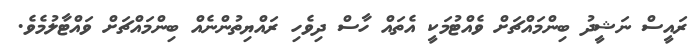
ރައީސް ނަޝީދު ބިންމައްޗަށް ވެއްޓުމަކީ އެތައް ހާސް ދިވެހި ރައްޔިތުންނެއް ބިންމައްޗަށް ވައްޓާލުމެވެ.